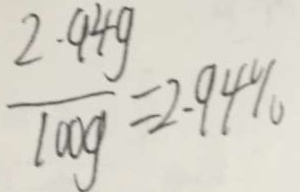
\frac { 2 . 9 4 g } { 1 0 0 g } = 2 . 9 4 \%